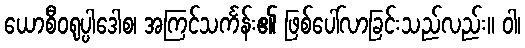
ယောစီဝရုပ္ပါဒေါစ၊ အကြင်သင်္ကန်း၏ ဖြစ်ပေါ်လာခြင်းသည်လည်း။ ဝါ၊